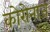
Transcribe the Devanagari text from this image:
कोरोनाज